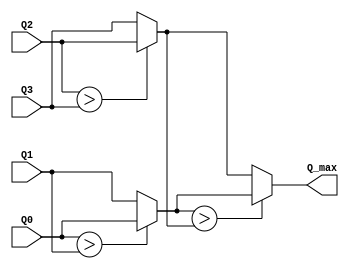
module maxQ (Q0, Q1, Q2, Q3, Q_max);
    input signed [31:0] Q0, Q1, Q2, Q3;
    output signed [31:0] Q_max;

    wire signed [31:0] wire1, wire2;

    assign wire1 = (Q0 > Q1)? Q0 : Q1;
    assign wire2 = (Q2 > Q3)? Q2 : Q3;
    assign Q_max = (wire1 > wire2)? wire1 : wire2;
endmodule


module mux4 (act, Q0, Q1, Q2, Q3, Q_sa);
    input [1:0] act;
    input [31:0] Q0, Q1, Q2, Q3;
    output [31:0] Q_sa;

    assign Q_sa = act[1] ? (act[0] ? Q3 : Q2) : (act[0] ? Q1 : Q0);
endmodule

module ram0 (clk, wr_addr, data_in, rd_addr, wr_en0, data_out0);
    input clk, wr_en0;
    input [4:0] wr_addr, rd_addr; //s1 to s25
    input [31:0] data_in;
    output [31:0] data_out0;

    //ram variable declaration
    reg [31:0] memory [0:25];

    initial begin
        $readmemh("ram0.txt", memory);
    end

    always @(posedge clk ) begin
        if (wr_en0) begin
            memory[wr_addr] = data_in;
        end
    end

    assign data_out0 = memory[rd_addr];
endmodule

module ram1 (clk, wr_addr, data_in, rd_addr, wr_en1, data_out1);
    input clk, wr_en1;
    input [4:0] wr_addr, rd_addr; //s1 to s25
    input [31:0] data_in;
    output [31:0] data_out1;

    //ram variable declaration
    reg [31:0] memory [0:25];

    initial begin
        $readmemh("ram1.txt", memory);
    end

    always @(posedge clk ) begin
        if (wr_en1) begin
            memory[wr_addr] = data_in;
        end
    end

    assign data_out1 = memory[rd_addr];
endmodule

module ram2 (clk, wr_addr, data_in, rd_addr, wr_en2, data_out2);
    input clk, wr_en2;
    input [4:0] wr_addr, rd_addr; //s1 to s25
    input [31:0] data_in;
    output [31:0] data_out2;

    //ram variable declaration
    reg [31:0] memory [0:25];

    initial begin
        $readmemh("ram2.txt", memory);
    end

    always @(posedge clk ) begin
        if (wr_en2) begin
            memory[wr_addr] = data_in;
        end
    end

    assign data_out2 = memory[rd_addr];
endmodule

module ram3 (clk, wr_addr, data_in, rd_addr, wr_en3, data_out3);
    input clk, wr_en3;
    input [4:0] wr_addr, rd_addr; //s1 to s25
    input [31:0] data_in;
    output [31:0] data_out3;

    //ram variable declaration
    reg [31:0] memory [0:25];

    initial begin
        $readmemh("ram3.txt", memory);
    end

    always @(posedge clk ) begin
        if (wr_en3) begin
            memory[wr_addr] = data_in;
        end
    end

    assign data_out3 = memory[rd_addr];
endmodule

module decoder (act, decoder_en, wr_en0, wr_en1, wr_en2, wr_en3);
    input decoder_en;
    input [1:0] act;
    output wr_en0, wr_en1, wr_en2, wr_en3;

    assign wr_en0 = decoder_en? ((act == 2'b00)? 1 : 0) : 0;
    assign wr_en1 = decoder_en? ((act == 2'b01)? 1 : 0) : 0;
    assign wr_en2 = decoder_en? ((act == 2'b10)? 1 : 0) : 0;
    assign wr_en3 = decoder_en? ((act == 2'b11)? 1 : 0) : 0;
endmodule

module reg32bit (clk, rst, din, dout);
    input clk, rst;
    input [31:0] din;
    output reg [31:0] dout;

    always @(posedge clk ) begin
        if (rst) begin
            dout = 32'd0;
        end else begin
            dout = din;
        end
    end
endmodule

module reward_generator (clk, next_state, step, reward);
    input clk;
    input [3:0] step;
    input [4:0] next_state;
    output [31:0] reward;

    assign reward = (step == 4'b1111)? -32'd50 : (
        (next_state == 5'd25)? 32'd100 : (
            ((next_state == 5'd5) || (next_state == 5'd7) ||
            (next_state == 5'd8) || (next_state == 5'd14) ||
            (next_state == 5'd17) || (next_state == 5'd19) ||
            (next_state == 5'd20) || (next_state == 5'd22)
            )? -32'd100 : 0
        )
    );
    // always @(posedge clk) begin
    //     if (step == 4'b1111) begin
    //         reward = -32'd50;
    //     end 
    //     else begin  
    //         // -100 at demon state
    //         // 100 at 24
    //         case (next_state)
    //             5'd5 : reward = -32'd100;
    //             5'd7 : reward = -32'd100;
    //             5'd8 : reward = -32'd100;
    //             5'd14 : reward = -32'd100;
    //             5'd17 : reward = -32'd100;
    //             5'd19 : reward = -32'd100;
    //             5'd20 : reward = -32'd100;
    //             5'd22 : reward = -32'd100;    
    //             5'd25 : reward = 32'd100; //finish
    //             default: reward = 0;
    //         endcase
    //     end
    // end
endmodule


module Q_updater (Q_sa, Q_max, reward, Q_new);
    input signed [31:0] Q_sa, Q_max, reward;
    output signed [31:0] Q_new;

    wire signed [31:0] mul_gamma, add_reward, min_Qsa, mul_alfa;

    assign mul_gamma = (Q_max >>> 1) + (Q_max >>> 2); //gamma = 0.75
    assign add_reward = mul_gamma + reward;
    assign min_Qsa = add_reward - Q_sa;
    assign mul_alfa = (min_Qsa >>> 1); //alfa = 0.5
    assign Q_new = Q_sa + mul_alfa;
endmodule
    
module QLA (clk, rst, decoder_en, current_state
            , step, next_state, act, Q_max
            , Qnext_0, Qnext_1, Qnext_2, Qnext_3);
    
    input clk, rst, decoder_en;
    input [1:0] act;
    input [3:0] step;
    input [4:0] current_state, next_state;
    output [31:0] Q_max, Qnext_0, Qnext_1, Qnext_2, Qnext_3;

    wire [31:0] Q0, Q1, Q2, Q3, Q_sa;
    wire wr_en0, wr_en1, wr_en2, wr_en3;
    wire [31:0] reward, Q_new;

    //sub component
    ram0 action0(clk, current_state, Q_new, next_state, wr_en0, Qnext_0);
    ram1 action1(clk, current_state, Q_new, next_state, wr_en1, Qnext_1);
    ram2 action2(clk, current_state, Q_new, next_state, wr_en2, Qnext_2);
    ram3 action3(clk, current_state, Q_new, next_state, wr_en3, Qnext_3);

    reg32bit delay0(clk, rst, Qnext_0, Q0);
    reg32bit delay1(clk, rst, Qnext_1, Q1);
    reg32bit delay2(clk, rst, Qnext_2, Q2);
    reg32bit delay3(clk, rst, Qnext_3, Q3);
    
    reward_generator rewardgenerator(clk, next_state, step, reward);
    decoder actdecoder(act, decoder_en, wr_en0, wr_en1, wr_en2, wr_en3);
    mux4 qmux(act, Q0, Q1, Q2, Q3, Q_sa);
    maxQ qmax(Qnext_0, Qnext_1, Qnext_2, Qnext_3, Q_max);
    Q_updater Qupdater(Q_sa, Q_max, reward, Q_new);
endmodule